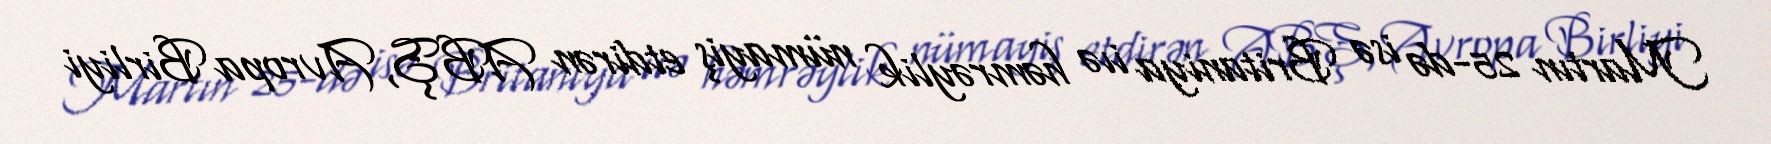
Martın 25-də isə Britaniya iıə həmrəylik nümayiş etdirən ABŞ, Avropa Birliyi